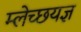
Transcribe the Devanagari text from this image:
म्लेच्छयज्ञ